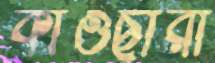
কাওছারী